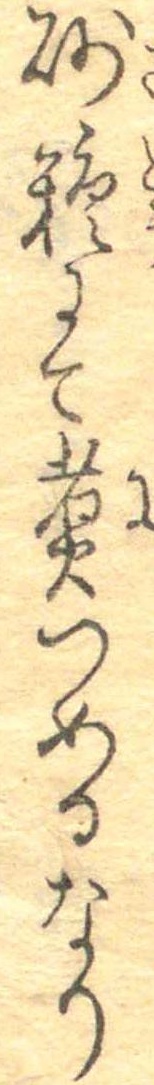
砂糖にて煮つめるなり